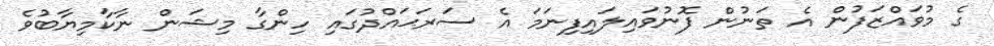
ގެ މުވައްޒަފުން އެ ތަނުން ފޮނުވައިލައިފިނަމަ އެ ސަރަޙައްދުގައި ހިންގާ މިޝަން ނާކާމިޔާބުވެ